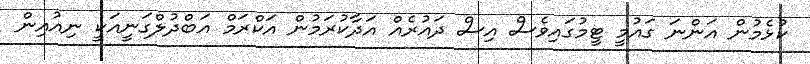
ކުޅެމުން އަންނަ ގައުމީ ޓީމުގައިވެސް އިސް ދައުރެއް އަދާކުރަމުން އަކްރަމް އަބްދުލްގަނީއަކީ ނިއުއިން